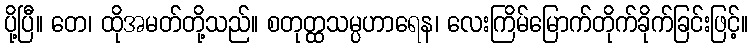
ပို့ပြီ။ တေ၊ ထိုအမတ်တို့သည်။ စတုတ္ထသမ္ပဟာရေန၊ လေးကြိမ်မြောက်တိုက်ခိုက်ခြင်းဖြင့်။